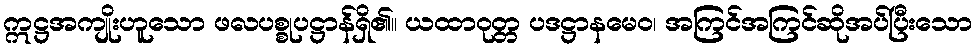
ဣဋ္ဌအကျိုးဟူသော ဖလပစ္စုပဋ္ဌာန်ရှိ၏။ ယထာဝုတ္တ ပဒဋ္ဌာနမေဝ၊ အကြင်အကြင်ဆိုအပ်ပြီးသော